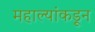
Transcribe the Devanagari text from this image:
महाल्यांकडून